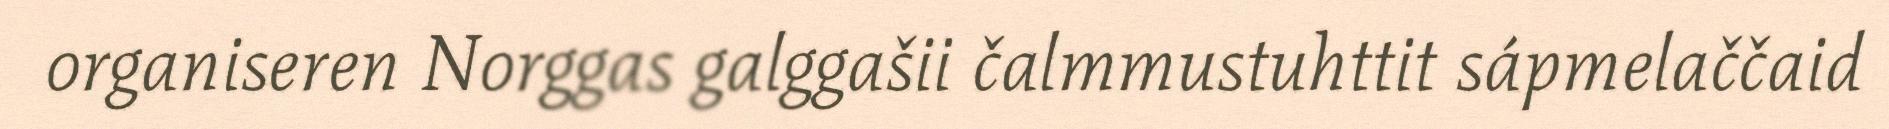
organiseren Norggas galggašii čalmmustuhttit sápmelaččaid